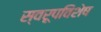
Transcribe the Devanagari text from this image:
स्वरूपविशेष